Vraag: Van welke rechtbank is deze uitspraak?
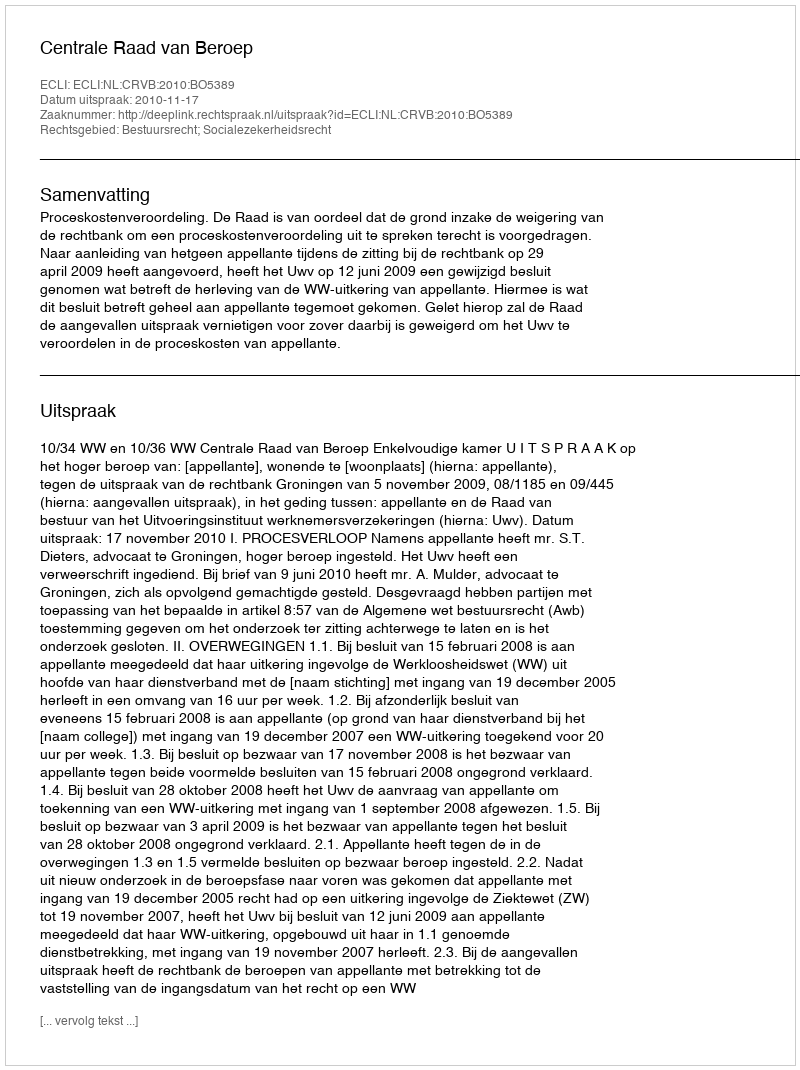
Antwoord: Centrale Raad van Beroep